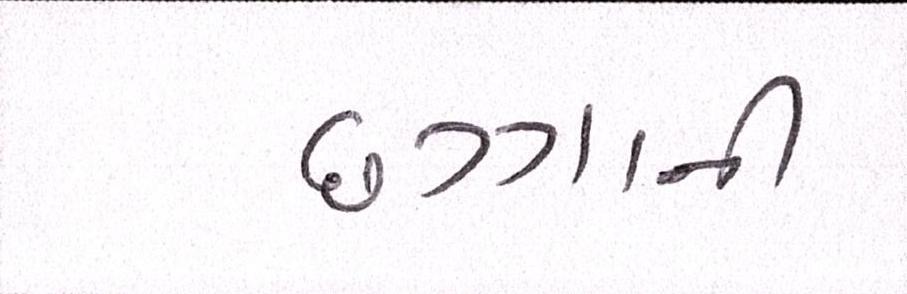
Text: છગ્ગાની